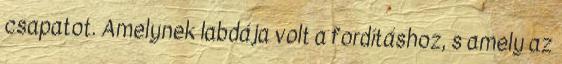
csapatot. Amelynek labdája volt a fordításhoz, s amely az